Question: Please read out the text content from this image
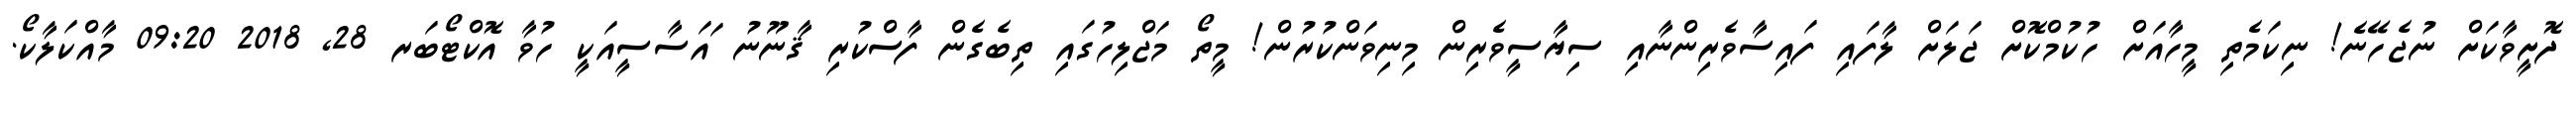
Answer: ދޮށީވާކަށް ނުޖެހޭނެ! ނިކަމެތި މީހާއަށް ހުކުމްކޮށް ޖަލަށް ލާފައި ފައިސާވެރިންނާއި ސިޔާސީވެރިން މިނިވަންކުރުން! މީތޯ މަޖްލިހުގައި ތިބެގެން ފާސްކުރި ޤާނޫނު ައަސާސީއަކީ ހުވާ އޮކްޓޯބަރ 28, 2018 09:20 މާއްކަލާކޯ.